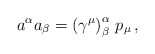
\begin{align*}a^{\alpha }a_{\beta }=\left( \gamma ^{\mu }\right) _{\beta }^{\alpha}\,p_{\mu }\,,\end{align*}